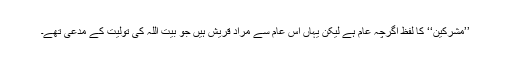
’’مشرکین‘‘ کا لفظ اگرچہ عام ہے لیکن یہاں اس عام سے مراد قریش ہیں جو بیت اللہ کی تولیت کے مدعی تھے۔